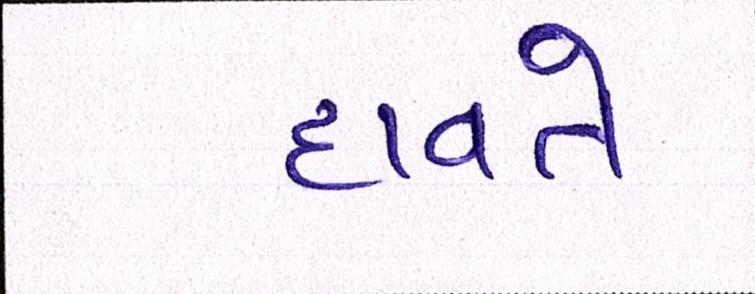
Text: દાવતે